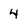
Character: 4